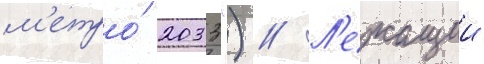
м'етро́ 2033") // Л'ежащии